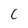
Character: C